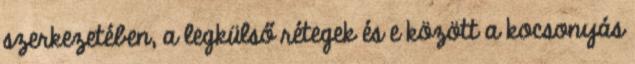
szerkezetében, a legkülső rétegek és e között a kocsonyás